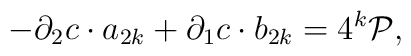
-\partial _{2}c  \cdot a_{2k}+ \partial _{1}c  \cdot b_{2k}=4^k{\cal P},